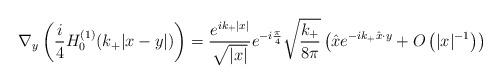
LaTeX: \begin{align*}\nabla_y\left(\frac{i}{4}H^{(1)}_0(k_{+}\vert x-y\vert )\right) = \frac{e^{ik_{+}\vert x \vert}}{\sqrt{\vert x \vert}}e^{-i\frac{\pi}4}{\sqrt{\frac{k_+}{8\pi}}}\left(\hat x e^{-ik_{+}\hat x\cdot y} +O\left({\vert x \vert^{-1}}\right)\right)\end{align*}